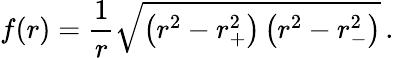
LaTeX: f(r)={\frac{1}{r}}\sqrt{\left(r_{\vphantom+}^{2}-r_{+}^{2}\right)\left(r_{\vphantom-}^{2}-r_{-}^{2}\right)}\, .